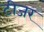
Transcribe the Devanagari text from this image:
टीजर